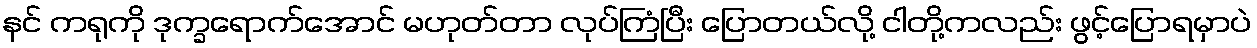
နင် ကရုကို ဒုက္ခရောက်အောင် မဟုတ်တာ လုပ်ကြံပြီး ပြောတယ်လို့ ငါတို့ကလည်း ဖွင့်ပြောရမှာပဲ